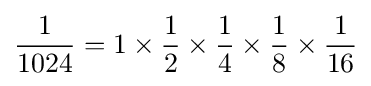
{\frac {1}{1024}}=1\times {\frac {1}{2}}\times {\frac {1}{4}}\times {\frac {1}{8}}\times {\frac {1}{16}}